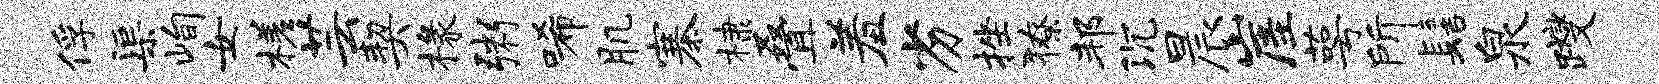
俘渠峋女槎芸契椽粥唏肌寨棣叠羞劣挫獠邦沉晨崖萼所髻泉躞